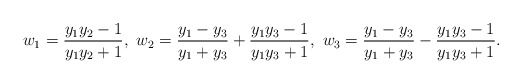
\begin{align*} w_1=\frac{y_1y_2-1}{y_1y_2+1},\ w_2=\frac{y_1-y_3}{y_1+y_3}+\frac{y_1y_3-1}{y_1y_3+1},\ w_3=\frac{y_1-y_3}{y_1+y_3}-\frac{y_1y_3-1}{y_1y_3+1}. \end{align*}